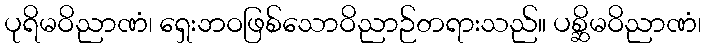
ပုရိမဝိညာဏံ၊ ရှေးဘဝဖြစ်သောဝိညာဉ်တရားသည်။ ပစ္ဆိမဝိညာဏံ၊